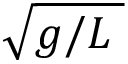
\sqrt { g / L \; }